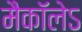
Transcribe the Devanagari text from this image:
मैकाॅलेऽ